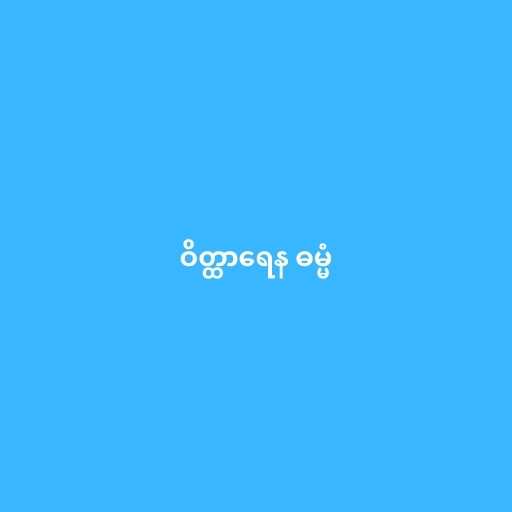
ဝိတ္ထာရေန ဓမ္မံ